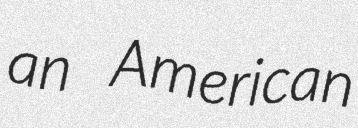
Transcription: an American